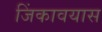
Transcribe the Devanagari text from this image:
जिंकावयास